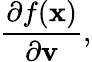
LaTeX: {\frac{\partial{f(\mathbf{x})}}{\partial{\mathbf{v}}}},